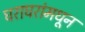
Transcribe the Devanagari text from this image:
घराघरांमधून